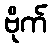
ဗိုက်